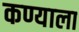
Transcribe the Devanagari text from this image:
कण्याला